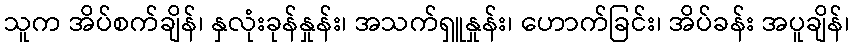
သူက အိပ်စက်ချိန်၊ နှလုံးခုန်နှုန်း၊ အသက်ရှူနှုန်း၊ ဟောက်ခြင်း၊ အိပ်ခန်း အပူချိန်၊